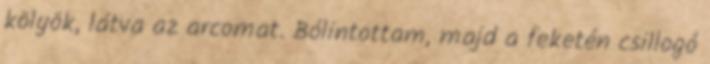
kölyök, látva az arcomat. Bólintottam, majd a feketén csillogó